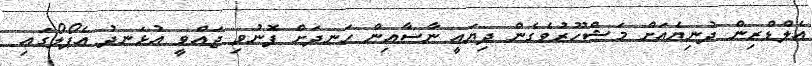
އެލްޑްރިން ދުނިޔެއަށް މަޝްހޫރުވެގެން ދިޔައީ ނާސާއިން ހަނދަށް ފޮނުވި ޖައްވީ އުޅަނދު އެޕޯލޯގައި